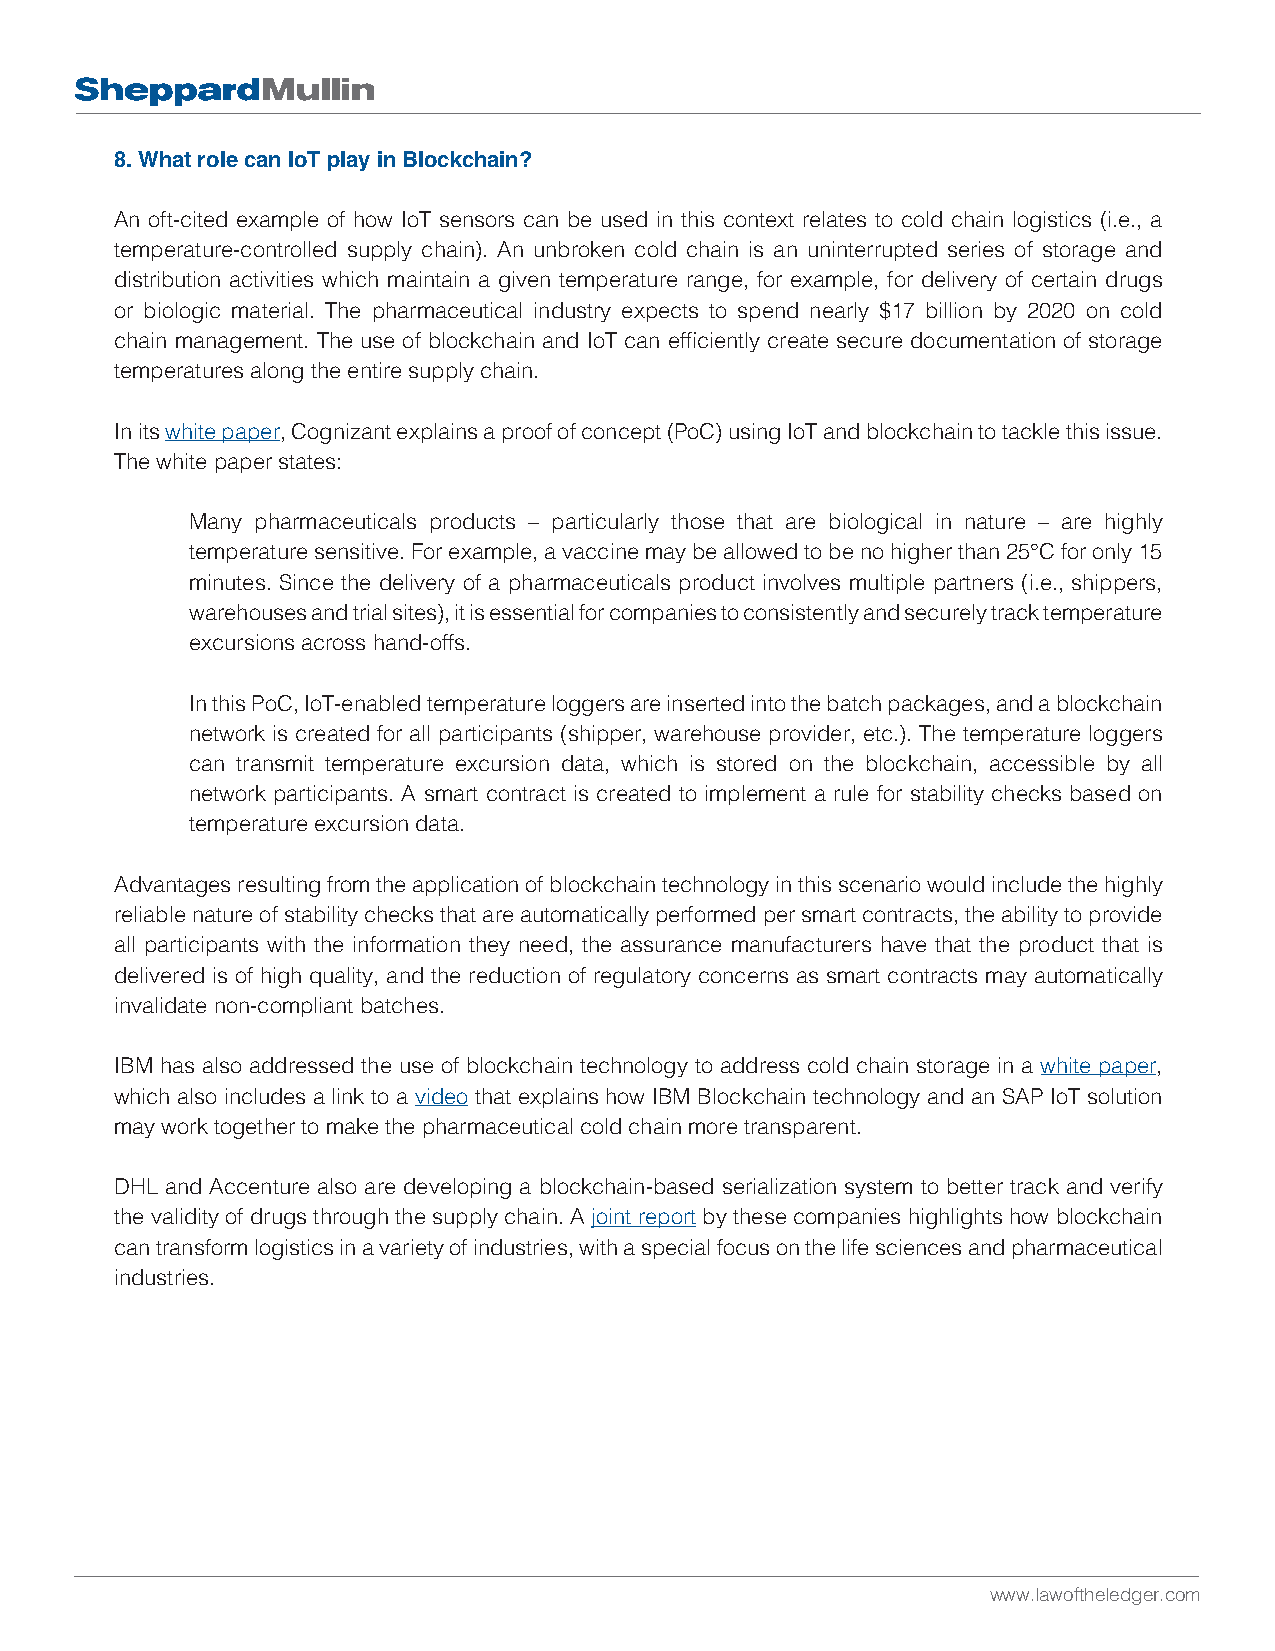
8. What role can IoT play in Blockchain?
 An oft-cited example of how IoT sensors can be used in this context relates to cold chain logistics (i.e., a
 temperature-controlled supply chain). An unbroken cold chain is an uninterrupted series of storage and
 distribution activities which maintain a given temperature range, for example, for delivery of certain drugs
 or biologic material. The pharmaceutical industry expects to spend nearly $17 billion by 2020 on cold
 chain management. The use of blockchain and IoT can efficiently create secure documentation of storage
 temperatures along the entire supply chain.
 In its white paper, Cognizant explains a proof of concept (PoC) using IoT and blockchain to tackle this issue.
 The white paper states:
 Many pharmaceuticals products – particularly those that are biological in nature – are highly
 temperature sensitive. For example, a vaccine may be allowed to be no higher than 25°C for only 15
 minutes. Since the delivery of a pharmaceuticals product involves multiple partners (i.e., shippers,
 warehouses and trial sites), it is essential for companies to consistently and securely track temperature
 excursions across hand-offs.
 In this PoC, IoT-enabled temperature loggers are inserted into the batch packages, and a blockchain
 network is created for all participants (shipper, warehouse provider, etc.). The temperature loggers
 can transmit temperature excursion data, which is stored on the blockchain, accessible by all
 network participants. A smart contract is created to implement a rule for stability checks based on
 temperature excursion data.
 Advantages resulting from the application of blockchain technology in this scenario would include the highly
 reliable nature of stability checks that are automatically performed per smart contracts, the ability to provide
 all participants with the information they need, the assurance manufacturers have that the product that is
 delivered is of high quality, and the reduction of regulatory concerns as smart contracts may automatically
 invalidate non-compliant batches.
 IBM has also addressed the use of blockchain technology to address cold chain storage in a white paper,
 which also includes a link to a video that explains how IBM Blockchain technology and an SAP IoT solution
 may work together to make the pharmaceutical cold chain more transparent.
 DHL and Accenture also are developing a blockchain-based serialization system to better track and verify
 the validity of drugs through the supply chain. A joint report by these companies highlights how blockchain
 can transform logistics in a variety of industries, with a special focus on the life sciences and pharmaceutical
 industries.
 www.lawoftheledger.com